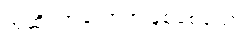
အဆိပ်အတောက်ဖြစ်စေသော